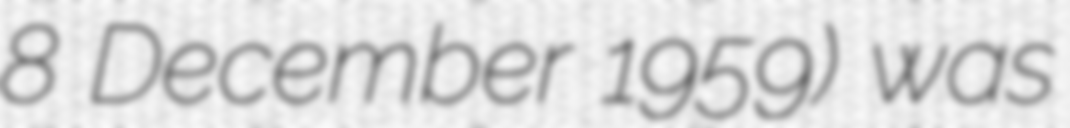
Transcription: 8 December 1959) was